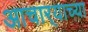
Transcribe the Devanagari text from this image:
आचार्‍याच्या